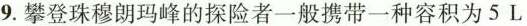
9.攀登珠穆朗玛峰的探险者一般携带一种容积为5L